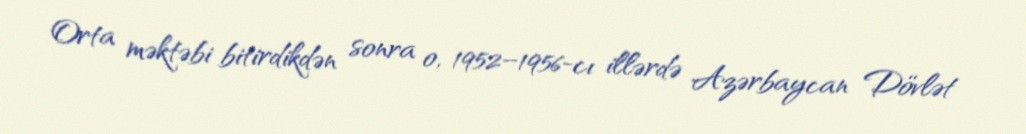
Orta məktəbi bitirdikdən sonra o, 1952–1956-cı illərdə Azərbaycan Dövlət